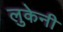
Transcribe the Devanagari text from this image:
लुकेनी